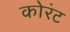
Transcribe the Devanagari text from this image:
कोरंट